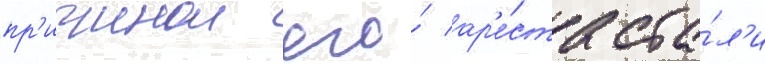
пр'ичинои его́ ар'е́ста ста́л'и